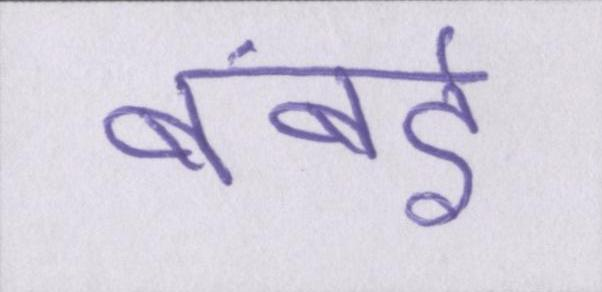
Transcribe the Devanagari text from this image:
बंबई